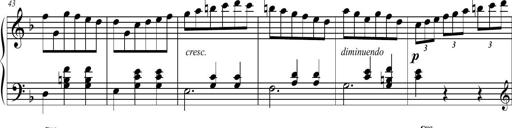
Title: 2 Sonatines faciles et brillantes pour le piano-forte seul
Composer: Carl Czerny